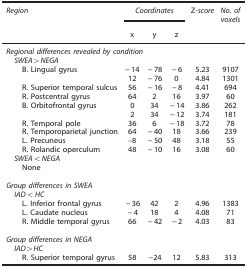
<table><thead><tr><td><b><i>Region</i></b></td><td colspan="3"><b><i>Coordinates</i></b></td><td><b>Z<i>-score</i></b></td><td><b><i>No. of voxels</i></b></td></tr><tr><td><b> </b></td><td><b>x</b></td><td><b>y</b></td><td><b>z</b></td><td><b> </b></td><td><b> </b></td></tr></thead><tbody><tr><td colspan="6"><i>Regional differences revealed by condition</i></td></tr><tr><td colspan="6"><i> SWEA&gt;NEGA</i></td></tr><tr><td><i></i>B. Lingual gyrus</td><td>−14</td><td>−78</td><td>−6</td><td>5.23</td><td>9107</td></tr><tr><td> </td><td>12</td><td>−76</td><td>0</td><td>4.84</td><td>1301</td></tr><tr><td><i></i>R. Superior temporal sulcus</td><td>56</td><td>−16</td><td>−8</td><td>4.41</td><td>694</td></tr><tr><td><i></i>R. Postcentral gyrus</td><td>64</td><td>2</td><td>16</td><td>3.97</td><td>60</td></tr><tr><td><i></i>B. Orbitofrontal gyrus</td><td>0</td><td>34</td><td>−14</td><td>3.86</td><td>262</td></tr><tr><td> </td><td>2</td><td>34</td><td>−12</td><td>3.74</td><td>181</td></tr><tr><td><i></i>R. Temporal pole</td><td>36</td><td>6</td><td>−18</td><td>3.72</td><td>78</td></tr><tr><td><i></i>R. Temporoparietal junction</td><td>64</td><td>−40</td><td>18</td><td>3.66</td><td>239</td></tr><tr><td><i></i>L. Precuneus</td><td>–8</td><td>−50</td><td>48</td><td>3.18</td><td>55</td></tr><tr><td><i></i>R. Rolandic operculum</td><td>48</td><td>−10</td><td>16</td><td>3.08</td><td>60</td></tr><tr><td><i> SWEA&lt;NEGA</i></td><td> </td><td> </td><td> </td><td> </td><td> </td></tr><tr><td><i></i>None</td><td> </td><td> </td><td> </td><td> </td><td> </td></tr><tr><td> </td><td> </td><td> </td><td> </td><td> </td><td> </td></tr><tr><td><i>Group differences in SWEA</i></td><td> </td><td> </td><td> </td><td> </td><td> </td></tr><tr><td><i> IAD&lt;HC</i></td><td> </td><td> </td><td> </td><td> </td><td> </td></tr><tr><td><i></i>L. Inferior frontal gyrus</td><td>−36</td><td>42</td><td>2</td><td>4.96</td><td>1383</td></tr><tr><td><i></i>L. Caudate nucleus</td><td>−4</td><td>18</td><td>4</td><td>4.08</td><td>71</td></tr><tr><td><i></i>R. Middle temporal gyrus</td><td>66</td><td>−42</td><td>−2</td><td>4.03</td><td>83</td></tr><tr><td> </td><td> </td><td> </td><td> </td><td> </td><td> </td></tr><tr><td><i>Group differences in NEGA</i></td><td> </td><td> </td><td> </td><td> </td><td> </td></tr><tr><td><i> IAD&gt;HC</i></td><td> </td><td> </td><td> </td><td> </td><td> </td></tr><tr><td><i></i>R. Superior temporal gyrus</td><td>58</td><td>−24</td><td>12</td><td>5.83</td><td>313</td></tr></tbody></table>